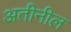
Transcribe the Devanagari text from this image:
अतीनील